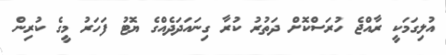
އުލިގަމަކީ ރާއްޖެ ހުރަސްކޮށް ދަތުރު ކުރާ ގިނައަދަދެއްގެ ޔޮޓު ފަހަރު މީގެ ކުރިން